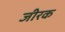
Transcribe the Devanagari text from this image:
जीरक